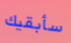
سأبقيك